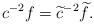
\begin{align*}c^{-2}f=\widetilde{c}^{-2}\widetilde{f}. \end{align*}